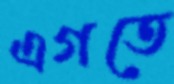
এগতে